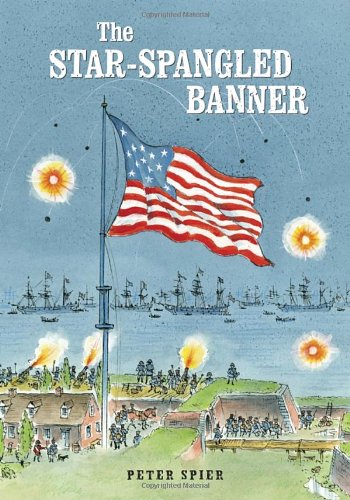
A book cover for The Star-Spangled Banner; Peter Spier; History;